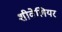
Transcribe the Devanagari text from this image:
शीवेलियर